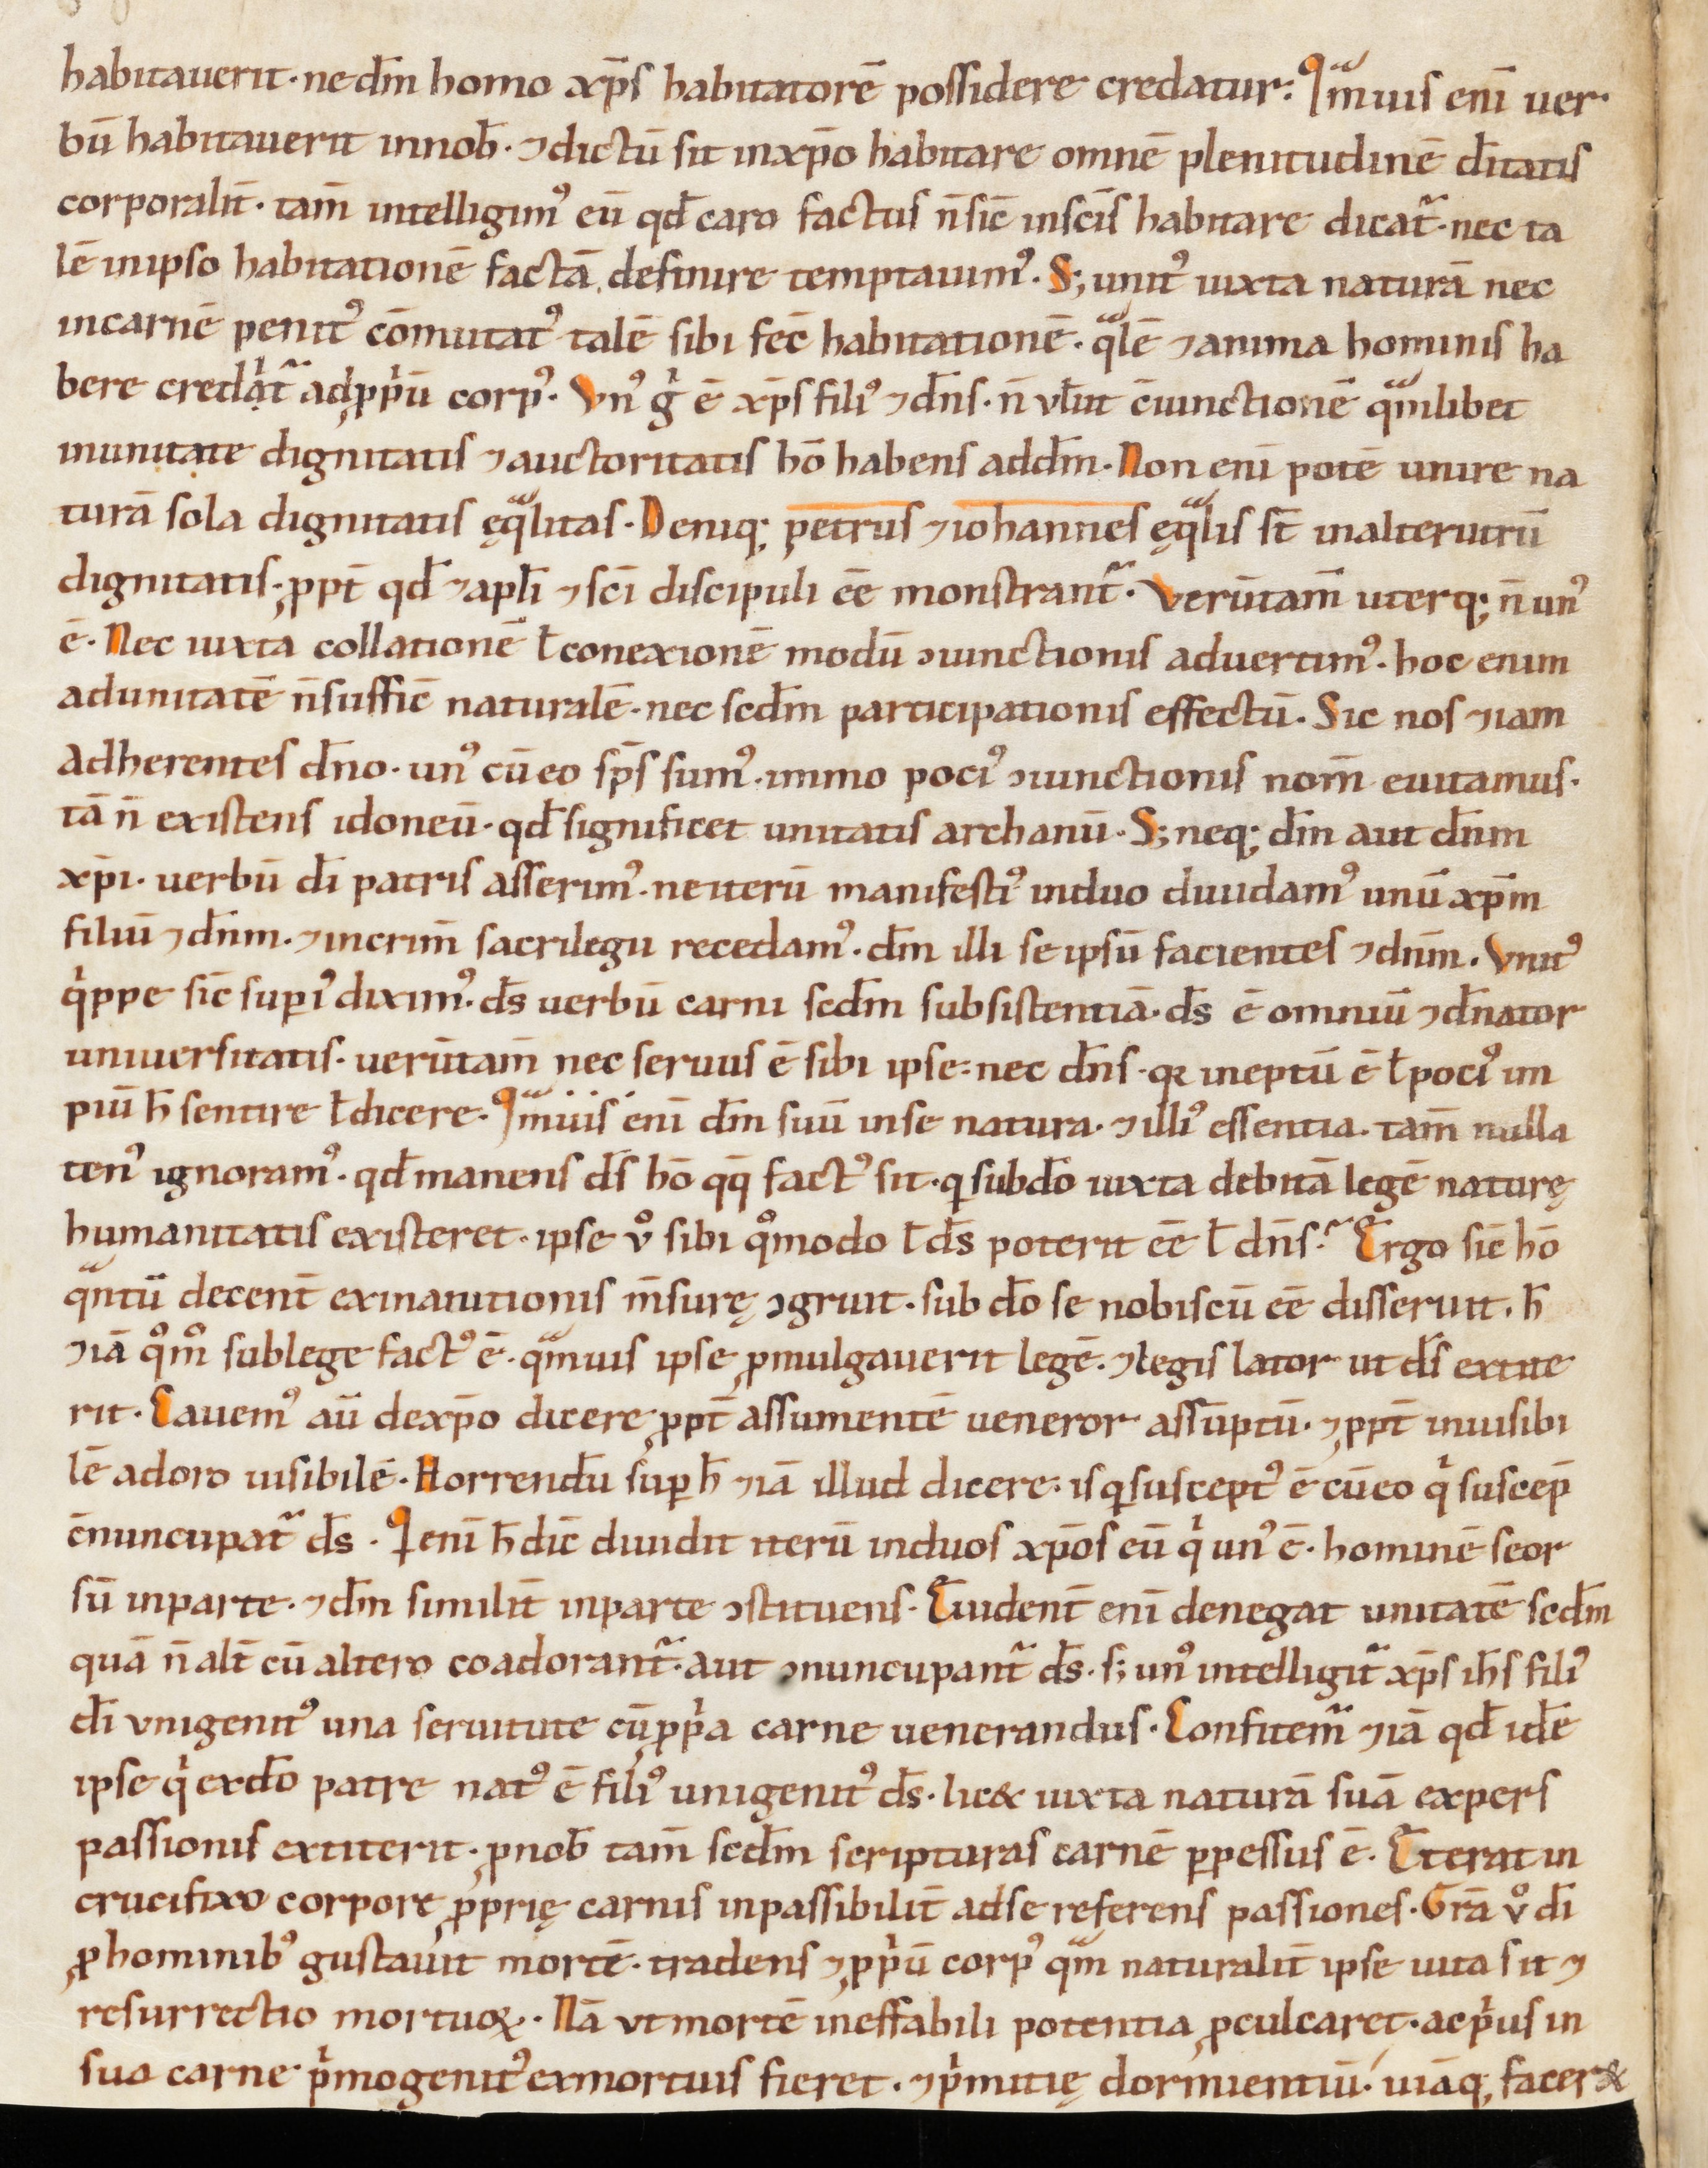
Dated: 1000–1199